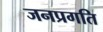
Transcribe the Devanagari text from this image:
जनप्रगति